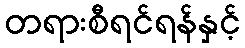
တရားစီရင်ရန်နှင့်